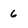
Character: 6